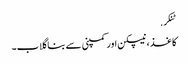
ٹنکر.
کاغذ ، نیپکن اور کمپنی سے بنا گلاب۔